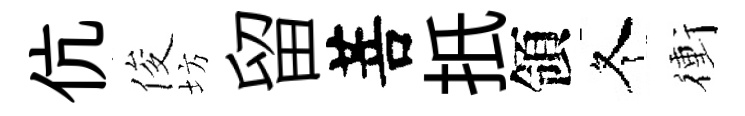
伉俊坊留菩扺領冬衝